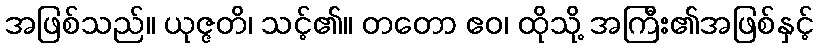
အဖြစ်သည်။ ယုဇ္ဇတိ၊ သင့်၏။ တတော ဧဝ၊ ထိုသို့ အကြီး၏အဖြစ်နှင့်